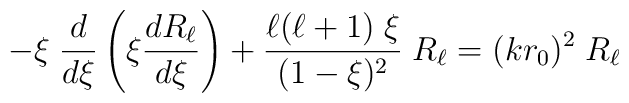
- \xi\; {d\over d\xi} \left( \xi {dR_\ell\over d\xi} \right) + {\ell(\ell+1)\; \xi\over (1-\xi)^2}\; R_\ell = (k r_0)^2\; R_\ell